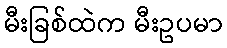
မီးခြစ်ထဲက မီးဥပမာ